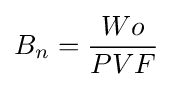
B_{n}={\frac {Wo}{PVF}}